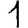
Digit: 1